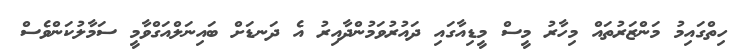
ހިތްގައިމު މަންޒަރުތައް މިހާރު މީސް މީޑިއާގައި ދައުރުވަމުންދާއިރު އެ ދަނޑަށް ބައިނަލްއަގްވާާމީ ސަމާލުކަންވެސް